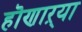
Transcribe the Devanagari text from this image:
हॊणाऱ्या